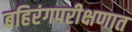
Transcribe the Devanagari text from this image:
बहिरंगपरीक्षणात